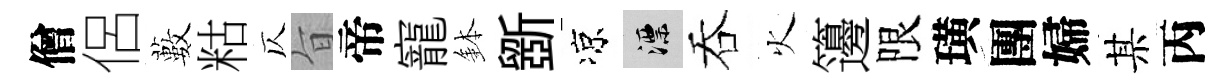
僧侶藪䊀仄旨帝寵鉢斵凉漂吞火籩限璜團婦某丙